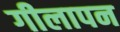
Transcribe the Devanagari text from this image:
गीलापन